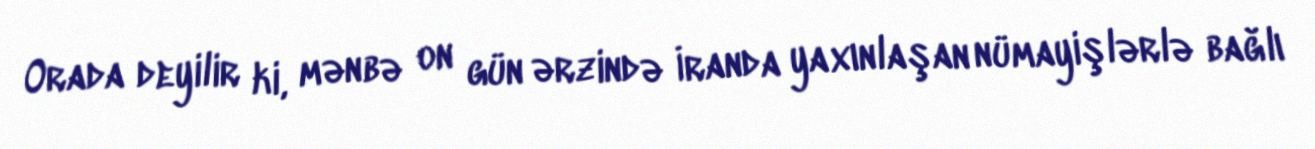
Orada deyilir ki, mənbə on gün ərzində İranda yaxınlaşan nümayişlərlə bağlı